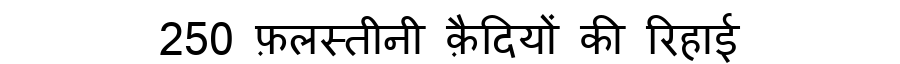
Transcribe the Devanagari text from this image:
250 फ़लस्तीनी क़ैदियों की रिहाई